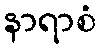
နာရာစံ